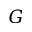
G